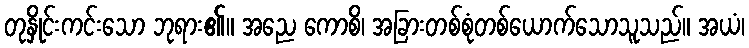
တုနှိုင်းကင်းသော ဘုရား၏။ အညေ ကောစိ၊ အခြားတစ်စုံတစ်ယောက်သောသူသည်။ အယံ၊